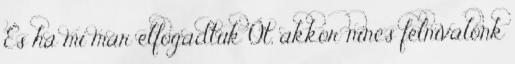
És ha mi már elfogadtuk Őt, akkor nincs félnivalónk